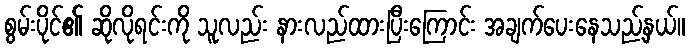
စွမ်းပိုင်၏ ဆိုလိုရင်းကို သူလည်း နားလည်ထားပြီးကြောင်း အချက်ပေးနေသည့်နှယ်။